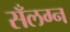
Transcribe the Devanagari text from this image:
सँलग्न